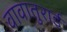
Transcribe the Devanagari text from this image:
वावातुराई